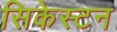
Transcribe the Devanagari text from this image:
सिकेस्टन